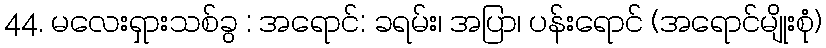
44. မလေးရှားသစ်ခွ : အရောင်: ခရမ်း၊ အပြာ၊ ပန်းရောင် (အရောင်မျိုးစုံ)